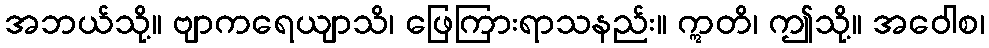
အဘယ်သို့။ ဗျာကရေယျာသိ၊ ဖြေကြားရာသနည်း။ ဣတိ၊ ဤသို့။ အဝေါစ၊